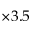
\times 3 . 5